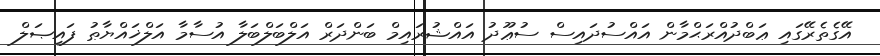
އޭގެތެރޭގައި ޢަބްދުއްރަޙްމާން އައްސުދައިސް ސުޢޫދު އައްޝުރައިމް ބަންދަރް އަލްބަލްބަލާ އުސާމާ އަލްޚައްޔާޠު ފައިޞަލް